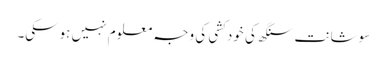
سوشانت سنگھ کی خودکشی کی وجہ معلوم نہیں ہوسکی۔